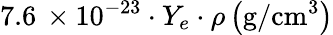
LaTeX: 7.6\, \times 10^{-23}\cdot Y_{e}\cdot\rho\left(\mathrm{g/cm^{3}}\right)